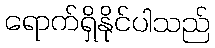
ရောက်ရှိနိုင်ပါသည်